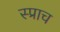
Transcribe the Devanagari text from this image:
स्प्राच